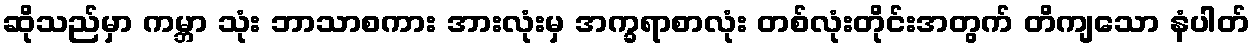
ဆိုသည်မှာ ကမ္ဘာ သုံး ဘာသာစကား အားလုံးမှ အက္ခရာစာလုံး တစ်လုံးတိုင်းအတွက် တိကျသော နံပါတ်